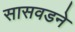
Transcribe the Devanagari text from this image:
सासवडने